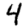
Digit: 4